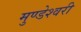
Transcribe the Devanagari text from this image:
मुण्डेश्वरी